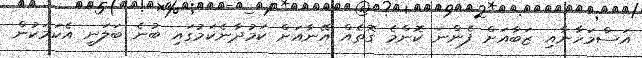
އަސްމަހާނާއި ޒަބާއަށް ފެންނަ ކޮންމެ ގޮތެއް އޭނާއަށް ކަމުދާނެކަމުގައި ބުނެ ބަލަނީ އެކަމަކުން